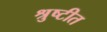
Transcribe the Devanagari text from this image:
श्रुष्टीत